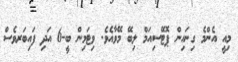
މިއީ އެންމެ ގިނައިން ޕޮޓޭސިއަމް ލިބޭ މޭވާއެވެ. ވިޓަމިން ބީ-6 އަދި ފައިބަރވެސް